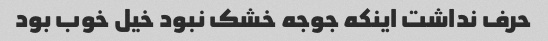
حرف نداشت اینکه جوجه خشک نبود خیل خوب بود